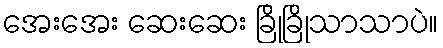
အေးအေး ဆေးဆေး ခြိုခြိုသာသာပဲ။